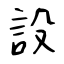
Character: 設